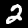
Digit: 2